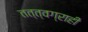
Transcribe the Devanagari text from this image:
तत्त्वग्राही